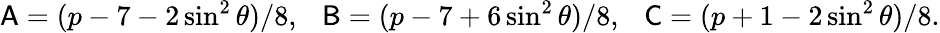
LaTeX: {\sf A}=(p-7-2\sin^{2}\theta)/8,\ \ \ {\sf B}=(p-7+6\sin^{2}\theta)/8,\ \ \ {\sf C}=(p+1-2\sin^{2}\theta)/8.